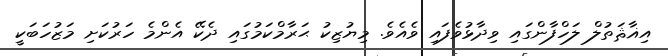
އިޣާޘަތުލް ލަހްފާންގައި ވިދާޅުވެފައި ވެއެވެ. މިޔުޒިކު ޙަރާމްކަމުގައި ދެކޭ އެންމެ ހަރުކަށި މަޒުހަބަކީ